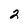
Character: 2